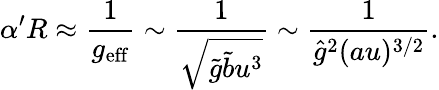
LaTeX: \alpha^{\prime}R\approx\frac{1}{g_{\mathrm{eff}}}\sim\frac{1}{\sqrt{\tilde{g}\tilde{b}u^{3}}}\sim\frac{1}{{\hat{g}}^{2}(au)^{3/2}}.